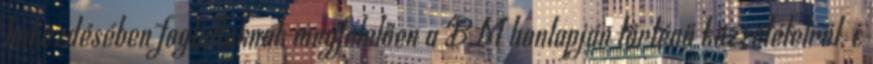
bekezdésében foglaltaknak megfelelően a BM honlapján történő közzétételről, c